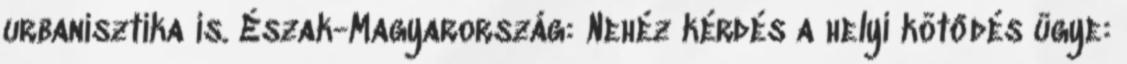
urbanisztika is. Észak-Magyarország: Nehéz kérdés a helyi kötődés ügye: